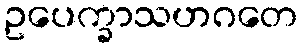
ဥပေက္ခာသဟဂတေ